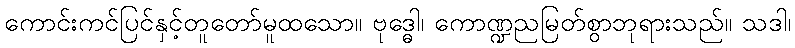
ကောင်းကင်ပြင်နှင့်တူတော်မူထသော။ ဗုဒ္ဓေါ၊ ကောဏ္ဍညမြတ်စွာဘုရားသည်။ သဒါ၊